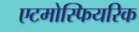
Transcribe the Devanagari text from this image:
एटमोस्फियरिक